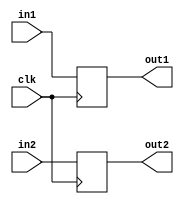
module RegR (clk, in1, out1, in2, out2);

	input clk;
	input [7:0] in1, in2;
	output reg [7:0] out1, out2;
	
	always @(posedge clk)
	begin
		out1 <= in1;
		out2 <= in2;
   end
endmodule